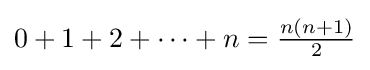
0+1+2+\cdots +n={\tfrac {n(n+1)}{2}}